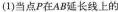
(1)当点P在AB延长线上的